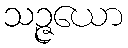
သဉ္ဇယော